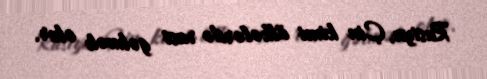
Rusiya, Çin kimi ölkələrdə rast gəlmək olur.